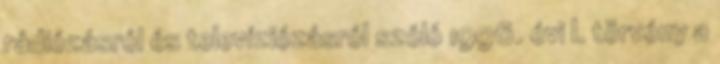
rádiózásról és televíziózásról szóló 1996. évi I. törvény a